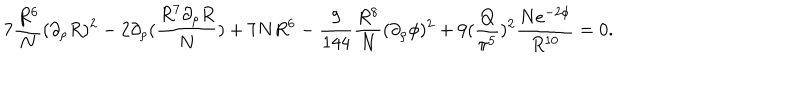
7 { \frac { R ^ { 6 } } { N } } ( \partial _ { \rho } R ) ^ { 2 } - 2 \partial _ { \rho } ( { \frac { R ^ { 7 } \partial _ { \rho } R } { N } } ) + 7 N R ^ { 6 } - { \frac { 9 } { 1 4 4 } } { \frac { R ^ { 8 } } { N } } ( \partial _ { \rho } \phi ) ^ { 2 } + 9 ( { \frac { Q } { \pi ^ { 5 } } } ) ^ { 2 } { \frac { N e ^ { - 2 \phi } } { R ^ { 1 0 } } } = 0 .